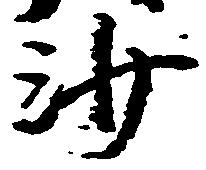
沙